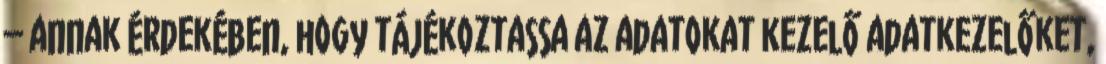
– annak érdekében, hogy tájékoztassa az adatokat kezelő adatkezelőket,